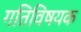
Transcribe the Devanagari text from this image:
गतिविषयक